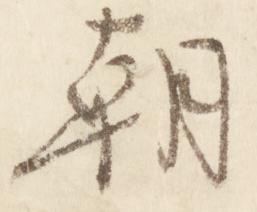
朝